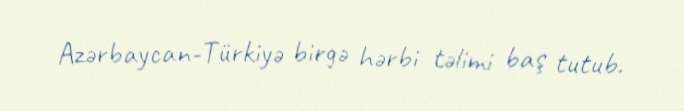
Azərbaycan-Türkiyə birgə hərbi təlimi baş tutub.